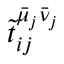
\tilde { t } _ { i j } ^ { \bar { \mu } _ { j } \bar { \nu } _ { j } }